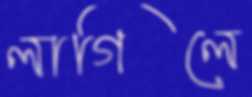
লাগিলে